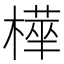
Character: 𭫿